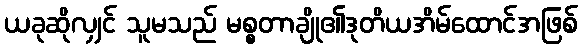
ယခုဆိုလျှင် သူမသည် မစ္စတာချို၏ဒုတိယအိမ်ထောင်အဖြစ်